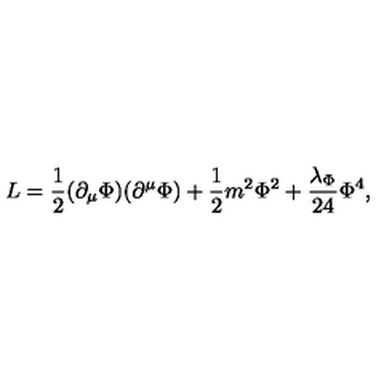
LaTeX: L = { \frac { 1 } { 2 } } ( \partial _ { \mu } \Phi ) ( \partial ^ { \mu } \Phi ) + { \frac { 1 } { 2 } } m ^ { 2 } \Phi ^ { 2 } + { \frac { \lambda _ { \Phi } } { 2 4 } } \Phi ^ { 4 } ,